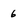
Character: 6